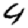
Digit: 4